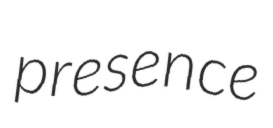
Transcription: presence